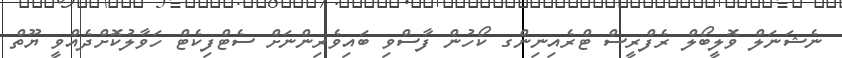
ނެޝަނަލް ވޮލީބޯލް ރެފްރީސް ޓްރެއިނިންގ ކޯހުން ފާސްވި ބައިވެރިންނަށް ސެޓްފިކެޓް ހަވާލުކޮށްދެއްވީ ޔޫތް